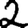
Digit: 2